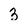
Character: 3